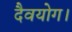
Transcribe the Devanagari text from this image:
दैवयोग।